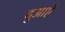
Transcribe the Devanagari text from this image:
दुआऐं